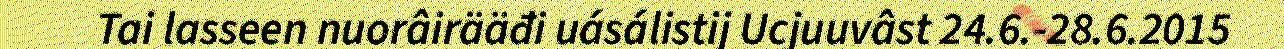
Tai lasseen nuorâirääđi uásálistij Ucjuuvâst 24.6.-28.6.2015